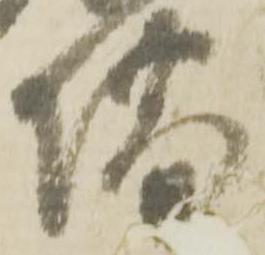
場